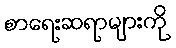
စာရေးဆရာများကို